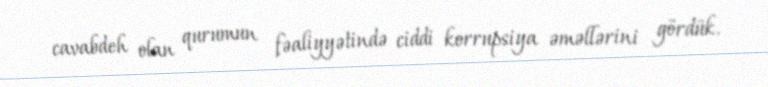
cavabdeh olan qurumun fəaliyyətində ciddi korrupsiya əməllərini gördük.